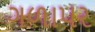
ગળાપર